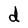
Character: d